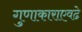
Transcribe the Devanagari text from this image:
गुणाकाराएवढे